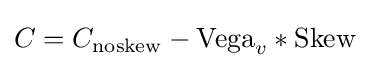
C=C_{\mathrm {noskew} }-\mathrm {Vega} _{v}*\mathrm {Skew}